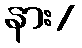
နား/